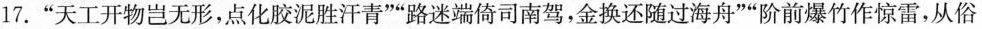
17.”天工开物岂无形，点化胶泥胜汗青””路迷端倚司南驾，金换还随过海舟””阶前爆竹作惊雷，从俗